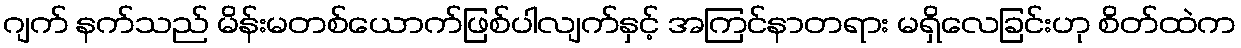
ဂျက် နက်သည် မိန်းမတစ်ယောက်ဖြစ်ပါလျက်နှင့် အကြင်နာတရား မရှိလေခြင်းဟု စိတ်ထဲက